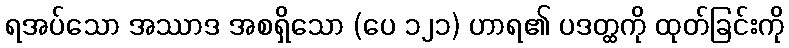
ရအပ်သော အဿာဒ အစရှိသော (ပေ ၁၂၁) ဟာရ၏ ပဒတ္ထကို ထုတ်ခြင်းကို